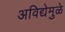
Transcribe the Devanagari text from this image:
अविद्येमुळे